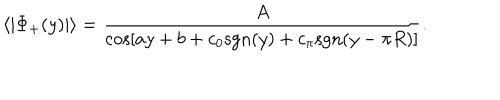
\langle | \Phi _ { + } ( y ) | \rangle = { \frac { A } { \cos [ a y + b + c _ { 0 } \mathrm { s g n } ( y ) + c _ { \pi } \mathrm { s g n } ( y - \pi R ) ] } } .